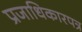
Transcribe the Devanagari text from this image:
प्रजाधिकारपत्र